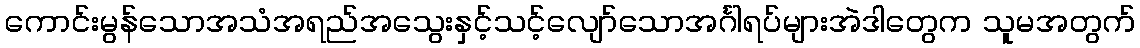
ကောင်းမွန်သောအသံအရည်အသွေးနှင့်သင့်လျော်သောအင်္ဂါရပ်များအဲဒါတွေက သူမအတွက်